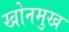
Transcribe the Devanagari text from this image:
खोनमुख